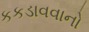
કકડાવવાનો